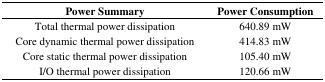
<table><thead><tr><td><b>Power Summary</b></td><td><b>Power Consumption</b></td></tr></thead><tbody><tr><td>Total thermal power dissipation</td><td>640.89 mW</td></tr><tr><td>Core dynamic thermal power dissipation</td><td>414.83 mW</td></tr><tr><td>Core static thermal power dissipation</td><td>105.40 mW</td></tr><tr><td>I/O thermal power dissipation</td><td>120.66 mW</td></tr></tbody></table>